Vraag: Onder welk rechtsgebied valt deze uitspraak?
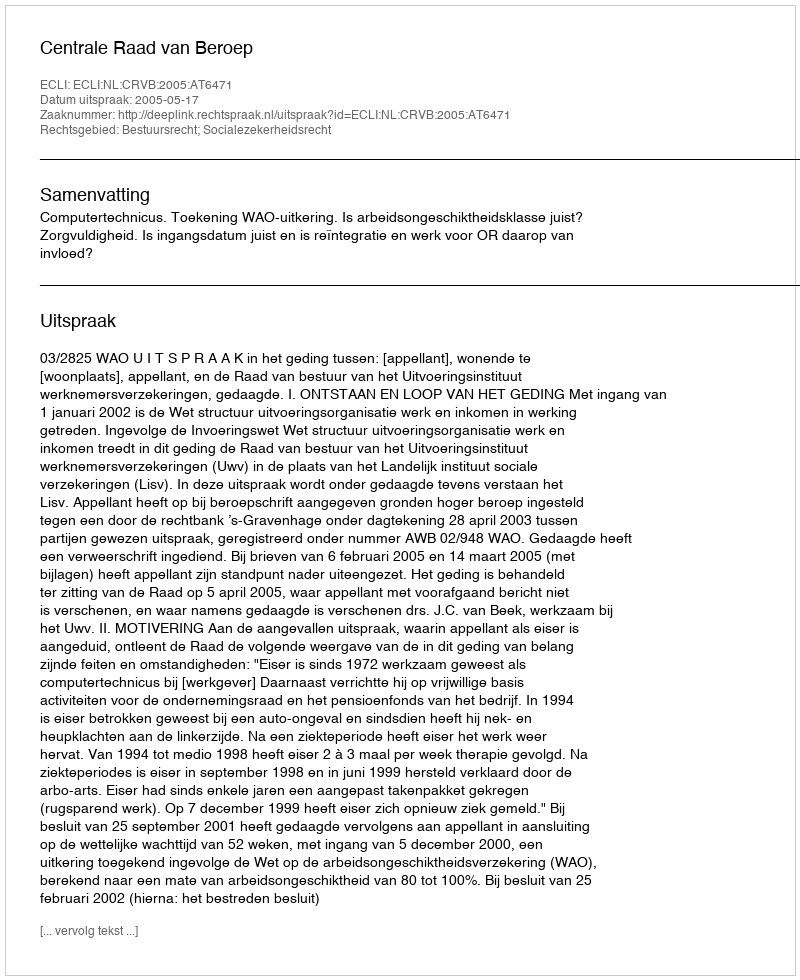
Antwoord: Bestuursrecht; Socialezekerheidsrecht